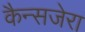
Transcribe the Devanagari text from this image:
कैन्सजेरा